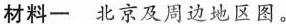
材料一 北京及周边地区图。